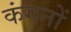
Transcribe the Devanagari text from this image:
कंगनों